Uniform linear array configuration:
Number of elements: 12
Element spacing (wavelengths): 0.5
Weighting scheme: exponential
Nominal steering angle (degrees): -45
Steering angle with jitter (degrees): -46.16
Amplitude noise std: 0.05
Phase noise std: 0.05

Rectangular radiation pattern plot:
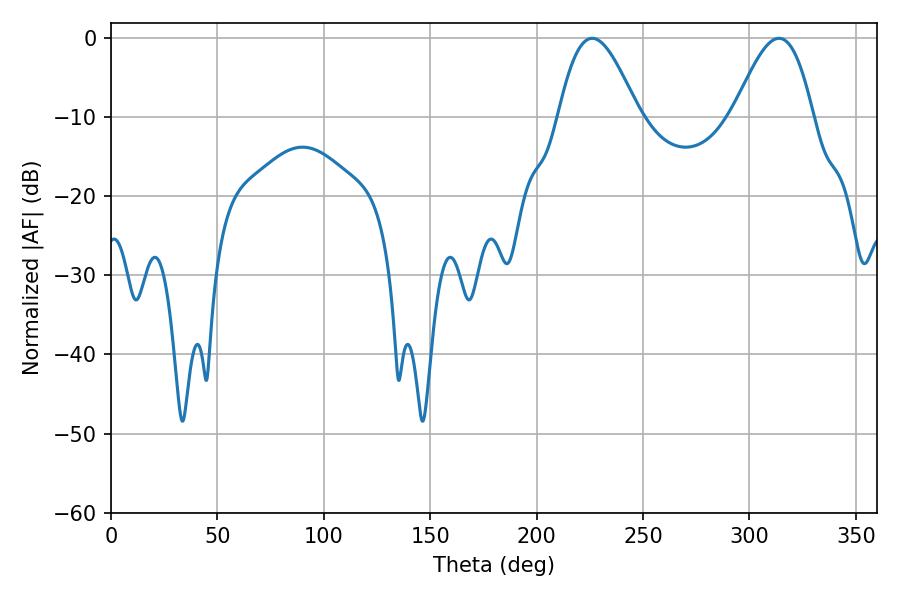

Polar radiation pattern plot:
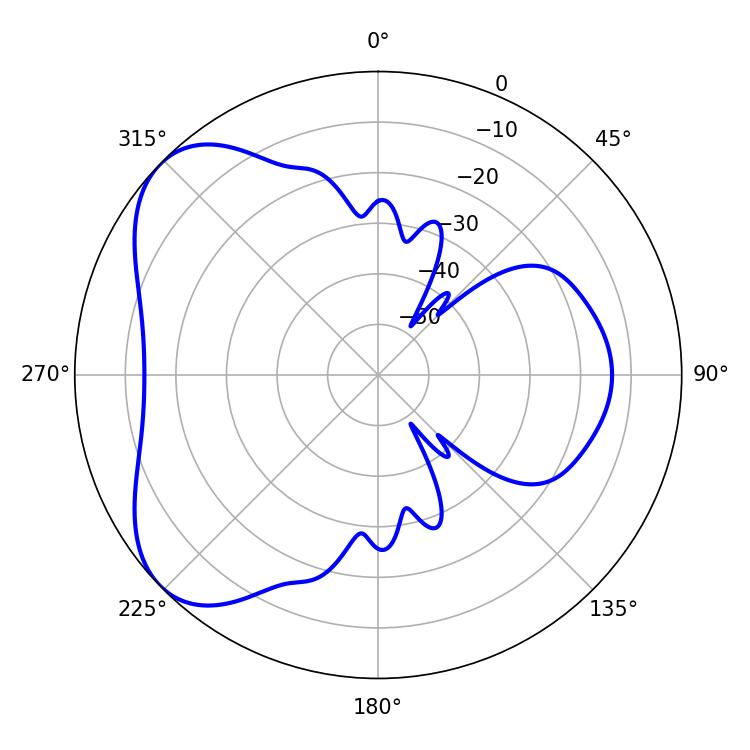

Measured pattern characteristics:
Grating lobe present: FALSE
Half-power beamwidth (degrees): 19.98
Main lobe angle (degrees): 226.08